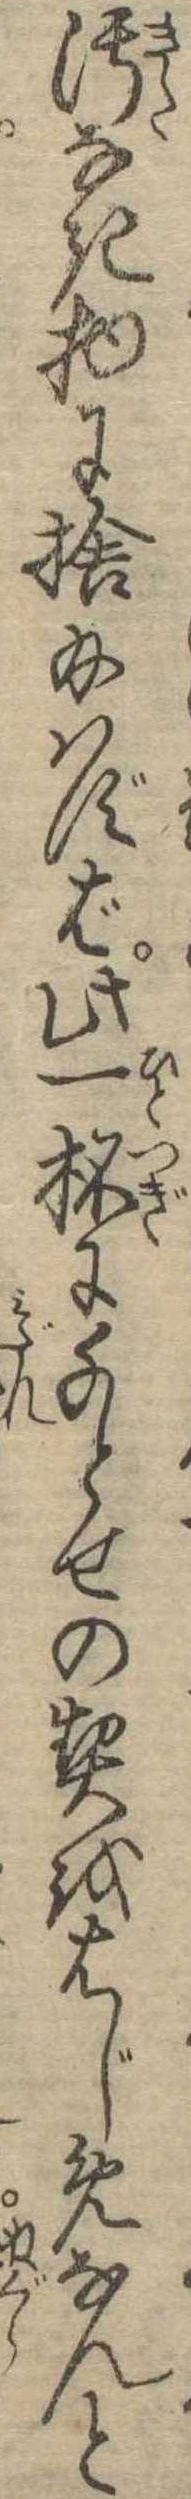
汚なき物に捨給はずば此一杯に千とせの契をはじめなんと